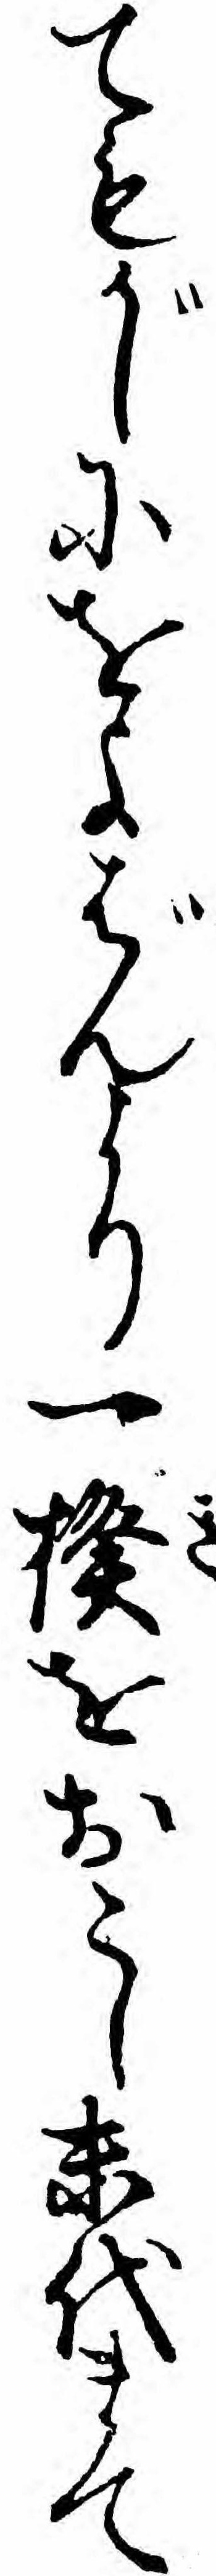
てもがしにをよばんより一揆をおこし末代まて